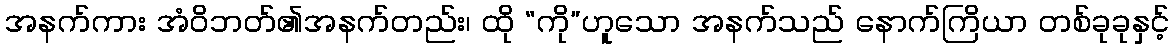
အနက်ကား အံဝိဘတ်၏အနက်တည်း၊ ထို “ကို”ဟူသော အနက်သည် နောက်ကြိယာ တစ်ခုခုနှင့်